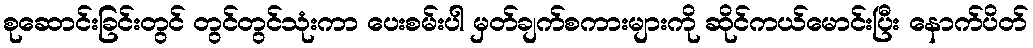
စုဆောင်းခြင်းတွင် တွင်တွင်သုံးကာ ပေးစမ်းပါ မှတ်ချက်စကားများကို ဆိုင်ကယ်မောင်းပြီး နောက်ပိတ်